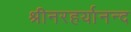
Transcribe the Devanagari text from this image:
श्रीनरहर्यानन्द